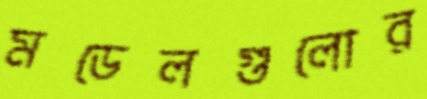
মডেলগুলোর